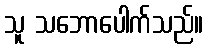
သူ သဘောပေါက်သည်။